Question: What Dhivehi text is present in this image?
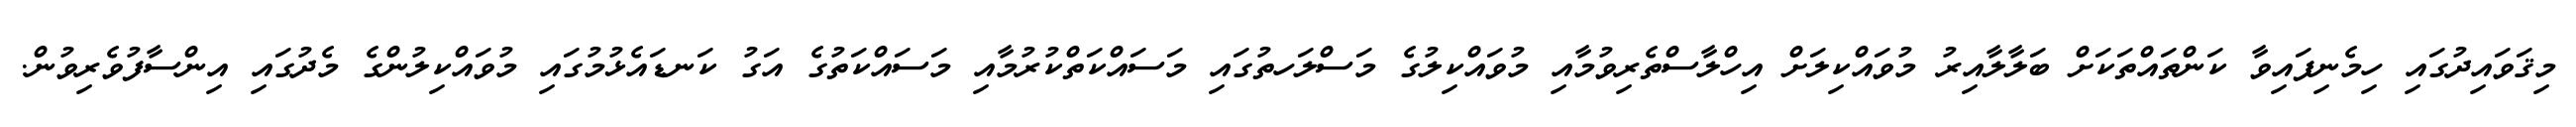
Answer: މިޤަވައިދުގައި ހިމެނިފައިވާ ކަންތައްތަކަށް ބަލާލާއިރު މުވައްކިލަށް އިހްލާސްތެރިވުމާއި މުވައްކިލުގެ މަސްލަހތުގައި މަސައްކަތްކުރުމާއި މަސައްކަތުގެ އަގު ކަނޑައެޅުމުގައި މުވައްކިލުންގެ މެދުގައި އިންސާފުވެރިވުން.